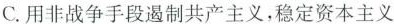
C.用非战争手段遏制共产主义，稳定资本主义